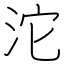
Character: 沱